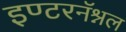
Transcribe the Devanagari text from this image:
इण्टरनॅश्नल